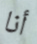
أنا